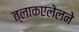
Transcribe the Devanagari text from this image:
त्लाकएलेलने